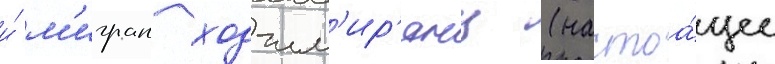
и́ м'игран ходжм'ир'янц (настоа́щее